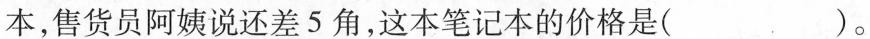
本，售货员阿姨说还差5角这本笔记本的价格是( )。